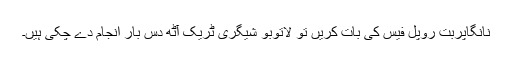
نانگاپربت روپل فیس کی بات کریں تو لاتوبو شیگری ٹریک آٹھ دس بار انجام دے چکی ہیں۔